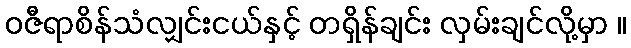
ဝဇီရာစိန်သံလျှင်းငယ်နှင့် တရှိန်ချင်း လှမ်းချင်လို့မှာ ။